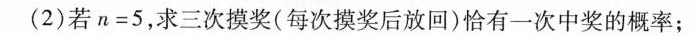
(2)若$$n = 5$$，求三次摸奖(每次摸奖后放回)恰有一次中奖的概率；